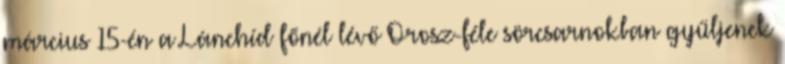
március 15-én a Lánchíd főnél lévő Orosz-féle sörcsarnokban gyűljenek